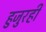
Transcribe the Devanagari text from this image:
हुजुरही